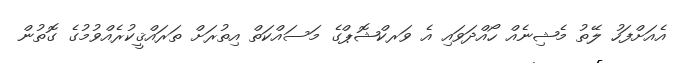
އެއަށްފަހު ލޭތު މެޝިނެއް ހޯއްދަވައި އެ ވަރކްޝޮޕްގެ މަސައްކަތް އިތުރަށް ތަރައްޤީކުރެއްވުމުގެ ގޮތުން